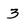
Character: 3